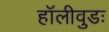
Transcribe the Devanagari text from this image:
हॉलीवुडः